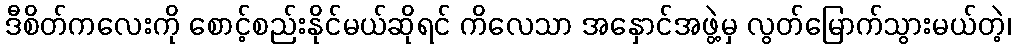
ဒီစိတ်ကလေးကို စောင့်စည်းနိုင်မယ်ဆိုရင် ကိလေသာ အနှောင်အဖွဲ့မှ လွတ်မြောက်သွားမယ်တဲ့၊